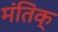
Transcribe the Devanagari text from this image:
मंतिक्‌